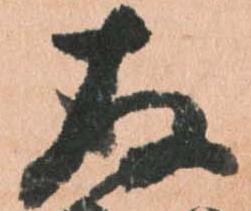
存